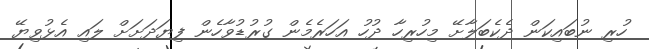
ހުރި ނުބައިކަން ދެކެބަލާށޭ މިހުރިހާ ދުހު އަހަރެމެން ގުރުޑުވާހެން ފިޔަދަށަށް ލައި އެޅުވިޔޭ